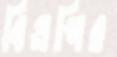
বিএপির